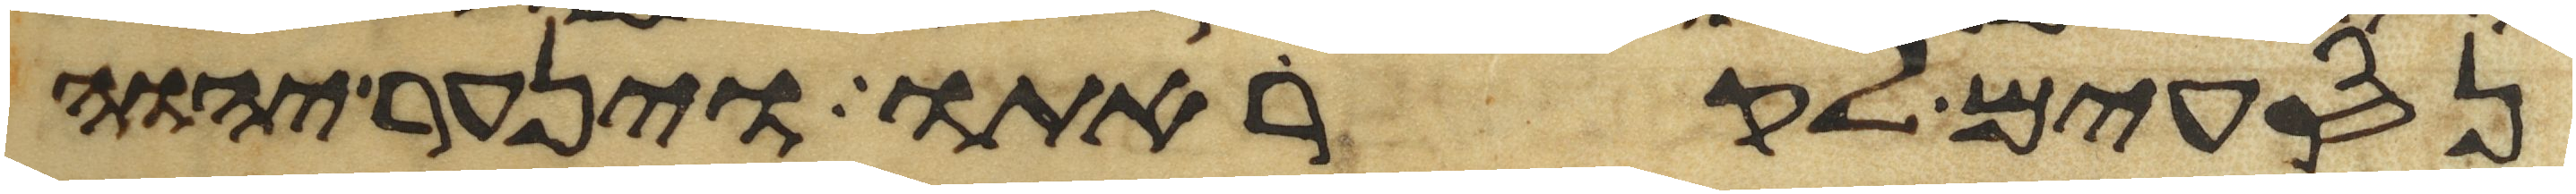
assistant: נסעים לקראתו וינער יהוה